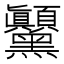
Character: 𲎗